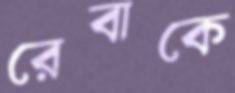
রেবাকে